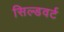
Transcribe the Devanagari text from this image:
सिल्डवर्ट